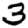
Digit: 3